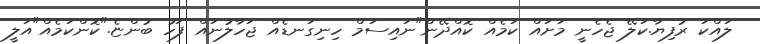
ލައްކަ ރުފިޔާ.ކަލޭ ޖެހެނީ މަށައް ކަމެއް ކޮއްދޭން"ނައިސަމް ހިނިގަނޑެއް ޖަހާލުނައް ފަހު ބުންޏެ."ކޮންކަމެއް"އަލީ